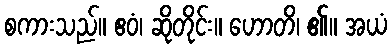
စကားသည်။ ဧဝံ၊ ဆိုတိုင်း။ ဟောတိ၊ ၏။ အယံ